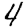
Digit: 4